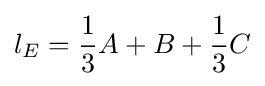
l_{E}={\frac {1}{3}}A+B+{\frac {1}{3}}C